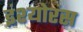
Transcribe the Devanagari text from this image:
इंश्योरंस